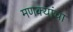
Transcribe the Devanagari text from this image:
मणक्यांचा